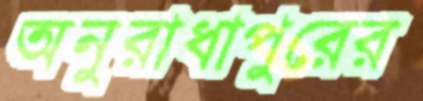
অনুরাধাপুরের